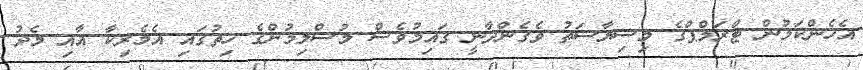
އެހެންކަމުން ޓްރަމްޕްގެ މިސިޔާސަތު ވެގެންދާނީ ގައިމުވެސް މުސްލިމުންގެ ހިތުގައި އެމެރިކާ އާއި މެދު